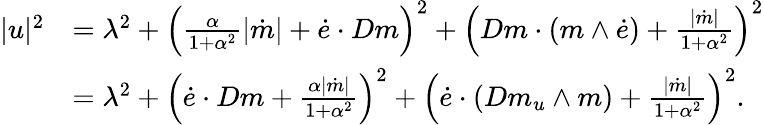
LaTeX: \begin{array}{rl}{|u|^{2}}&{=\lambda^{2}+\left(\frac{\alpha}{1+\alpha^{2}}|\dot{m}|+\dot{e}\cdot Dm\right)^{2}+\left(Dm\cdot(m\wedge\dot{e})+\frac{|\dot{m}|}{1+\alpha^{2}}\right)^{2}}\\ &{=\lambda^{2}+\left(\dot{e}\cdot Dm+\frac{\alpha|\dot{m}|}{1+\alpha^{2}}\right)^{2}+\left(\dot{e}\cdot(Dm_{u}\wedge m)+\frac{|\dot{m}|}{1+\alpha^{2}}\right)^{2}.}\end{array}